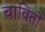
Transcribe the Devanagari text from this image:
चावितो